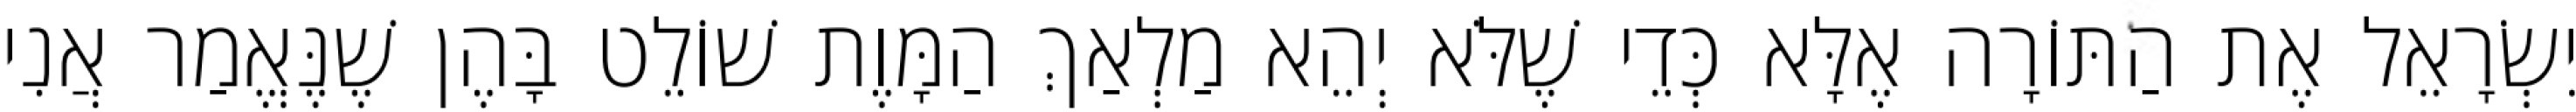
יִשְׂרָאֵל אֶת הַתּוֹרָה אֶלָּא כְּדֵי שֶׁלֹּא יְהֵא מַלְאַךְ הַמָּוֶת שׁוֹלֵט בָּהֶן שֶׁנֶּאֱמַר אֲנִי